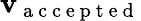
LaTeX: \mathbf{v}_{\mathrm{{~a~c~c~e~p~t~e~d~}}}